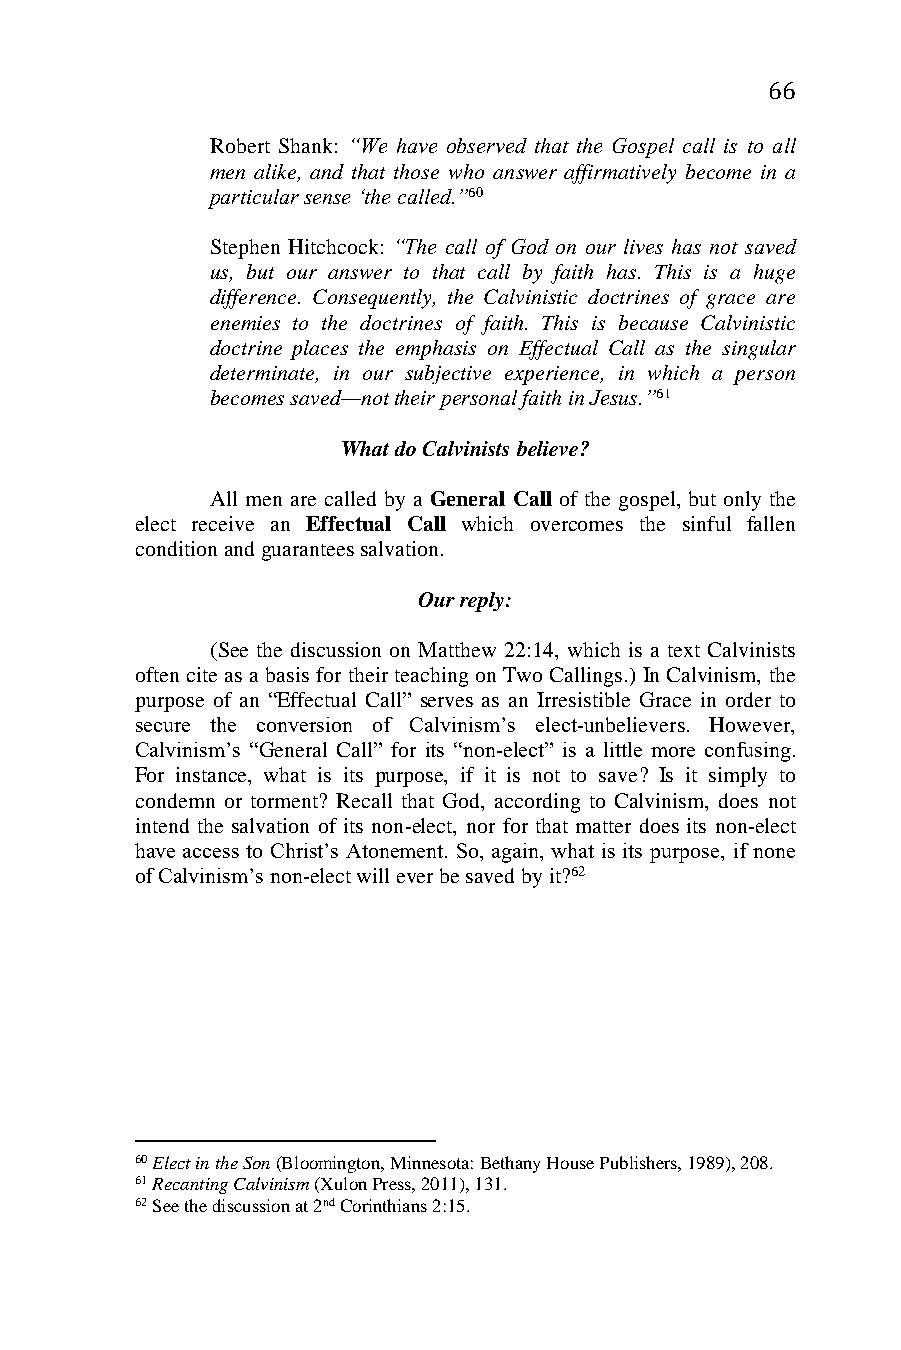
66
 Robert Shank: “We have observed that the Gospel call is to all
 men alike, and that those who answer affirmatively become in a
 particular sense ‘the called.”60
 Stephen Hitchcock: “The call of God on our lives has not saved
 us, but our answer to that call by faith has. This is a huge
 difference. Consequently, the Calvinistic doctrines of grace are
 enemies to the doctrines of faith. This is because Calvinistic
 doctrine places the emphasis on Effectual Call as the singular
 determinate, in our subjective experience, in which a person
 becomes saved—not their personal faith in Jesus.”61
 What do Calvinists believe?
 All men are called by a General Call of the gospel, but only the
 elect receive an Effectual Call which overcomes the sinful fallen
 condition and guarantees salvation.
 Our reply:
 (See the discussion on Matthew 22:14, which is a text Calvinists
 often cite as a basis for their teaching on Two Callings.) In Calvinism, the
 purpose of an “Effectual Call” serves as an Irresistible Grace in order to
 secure the conversion of Calvinism’s elect-unbelievers. However,
 Calvinism’s “General Call” for its “non-elect” is a little more confusing.
 For instance, what is its purpose, if it is not to save? Is it simply to
 condemn or torment? Recall that God, according to Calvinism, does not
 intend the salvation of its non-elect, nor for that matter does its non-elect
 have access to Christ’s Atonement. So, again, what is its purpose, if none
 of Calvinism’s non-elect will ever be saved by it?62
 60 Elect in the Son (Bloomington, Minnesota: Bethany House Publishers, 1989), 208.
 61 Recanting Calvinism (Xulon Press, 2011), 131.
 62 See the discussion at 2nd Corinthians 2:15.